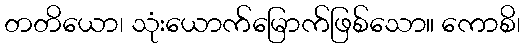
တတိယော၊ သုံးယောက်မြောက်ဖြစ်သော။ ကောစိ၊